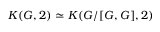
K ( G , 2 ) \simeq K ( G / [ G , G ] , 2 )